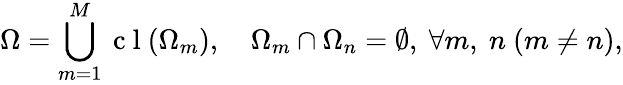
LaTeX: \Omega=\bigcup_{m=1}^{M}\mathrm{~c~l~}(\Omega_{m}),\quad\Omega_{m}\cap\Omega_{n}=\emptyset,~\forall m,~n~(m\neq n),